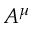
A ^ { \mu }